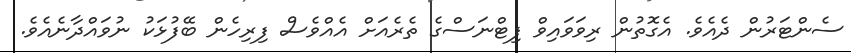
ސެންޓަރުން ދެއެވެ. އެގޮތުން ރިވަވައިވް ފިޓްނަސްގެ ތެރެއަށް އެއްވެސް ފިރިހެން ބޭފުޅަކު ނުވައްދާނެއެވެ.